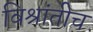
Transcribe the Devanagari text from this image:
विश्रांतीच